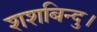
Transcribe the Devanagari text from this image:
शशबिन्दु।